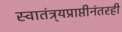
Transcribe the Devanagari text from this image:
स्वातंत्र्यप्राप्तीनंतरही